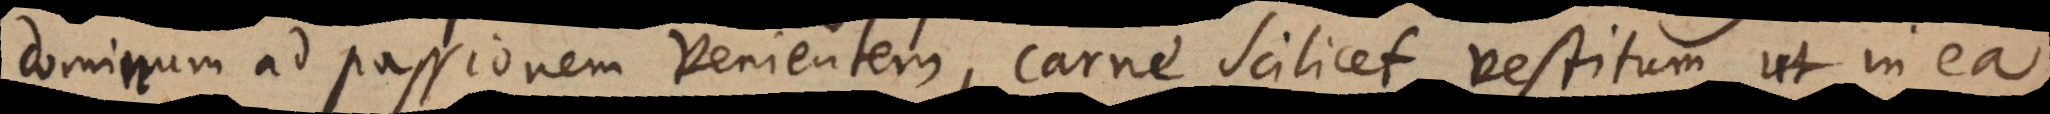
dominum ad passionem venientem, carne scilicet vestitum ut in ea